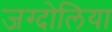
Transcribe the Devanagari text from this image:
जग्दोलिया